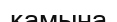
камына